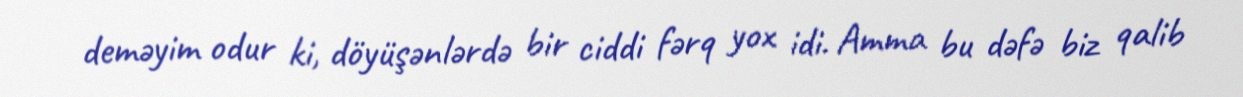
deməyim odur ki, döyüşənlərdə bir ciddi fərq yox idi. Amma bu dəfə biz qalib